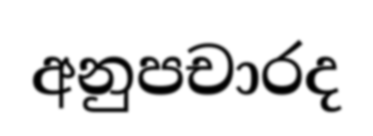
අනුපචාරද